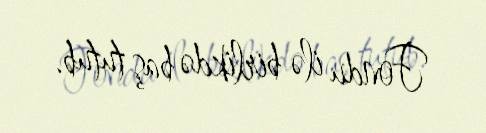
Fondu ilə birlikdə baş tutub.